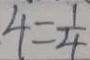
4 = \frac { 1 } { 4 }